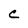
Character: C